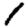
Digit: 1